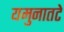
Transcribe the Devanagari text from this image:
यमुनातटे